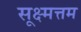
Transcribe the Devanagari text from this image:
सूक्ष्मत्तम